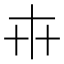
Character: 𠦃